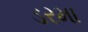
ડરમા